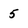
Character: 5